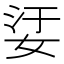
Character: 𡜡